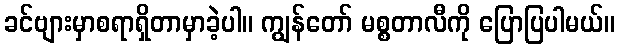
ခင်ဗျားမှာစရာရှိတာမှာခဲ့ပါ။ ကျွန်တော် မစ္စတာလီကို ပြောပြပါမယ်။